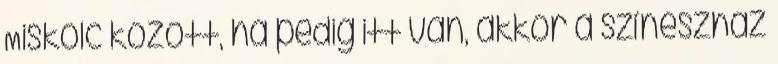
Miskolc között, ha pedig itt van, akkor a színészház